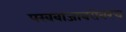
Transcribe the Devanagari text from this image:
पखवाजाबरोबरच